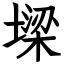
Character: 墚